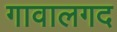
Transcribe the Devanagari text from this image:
गावालगद